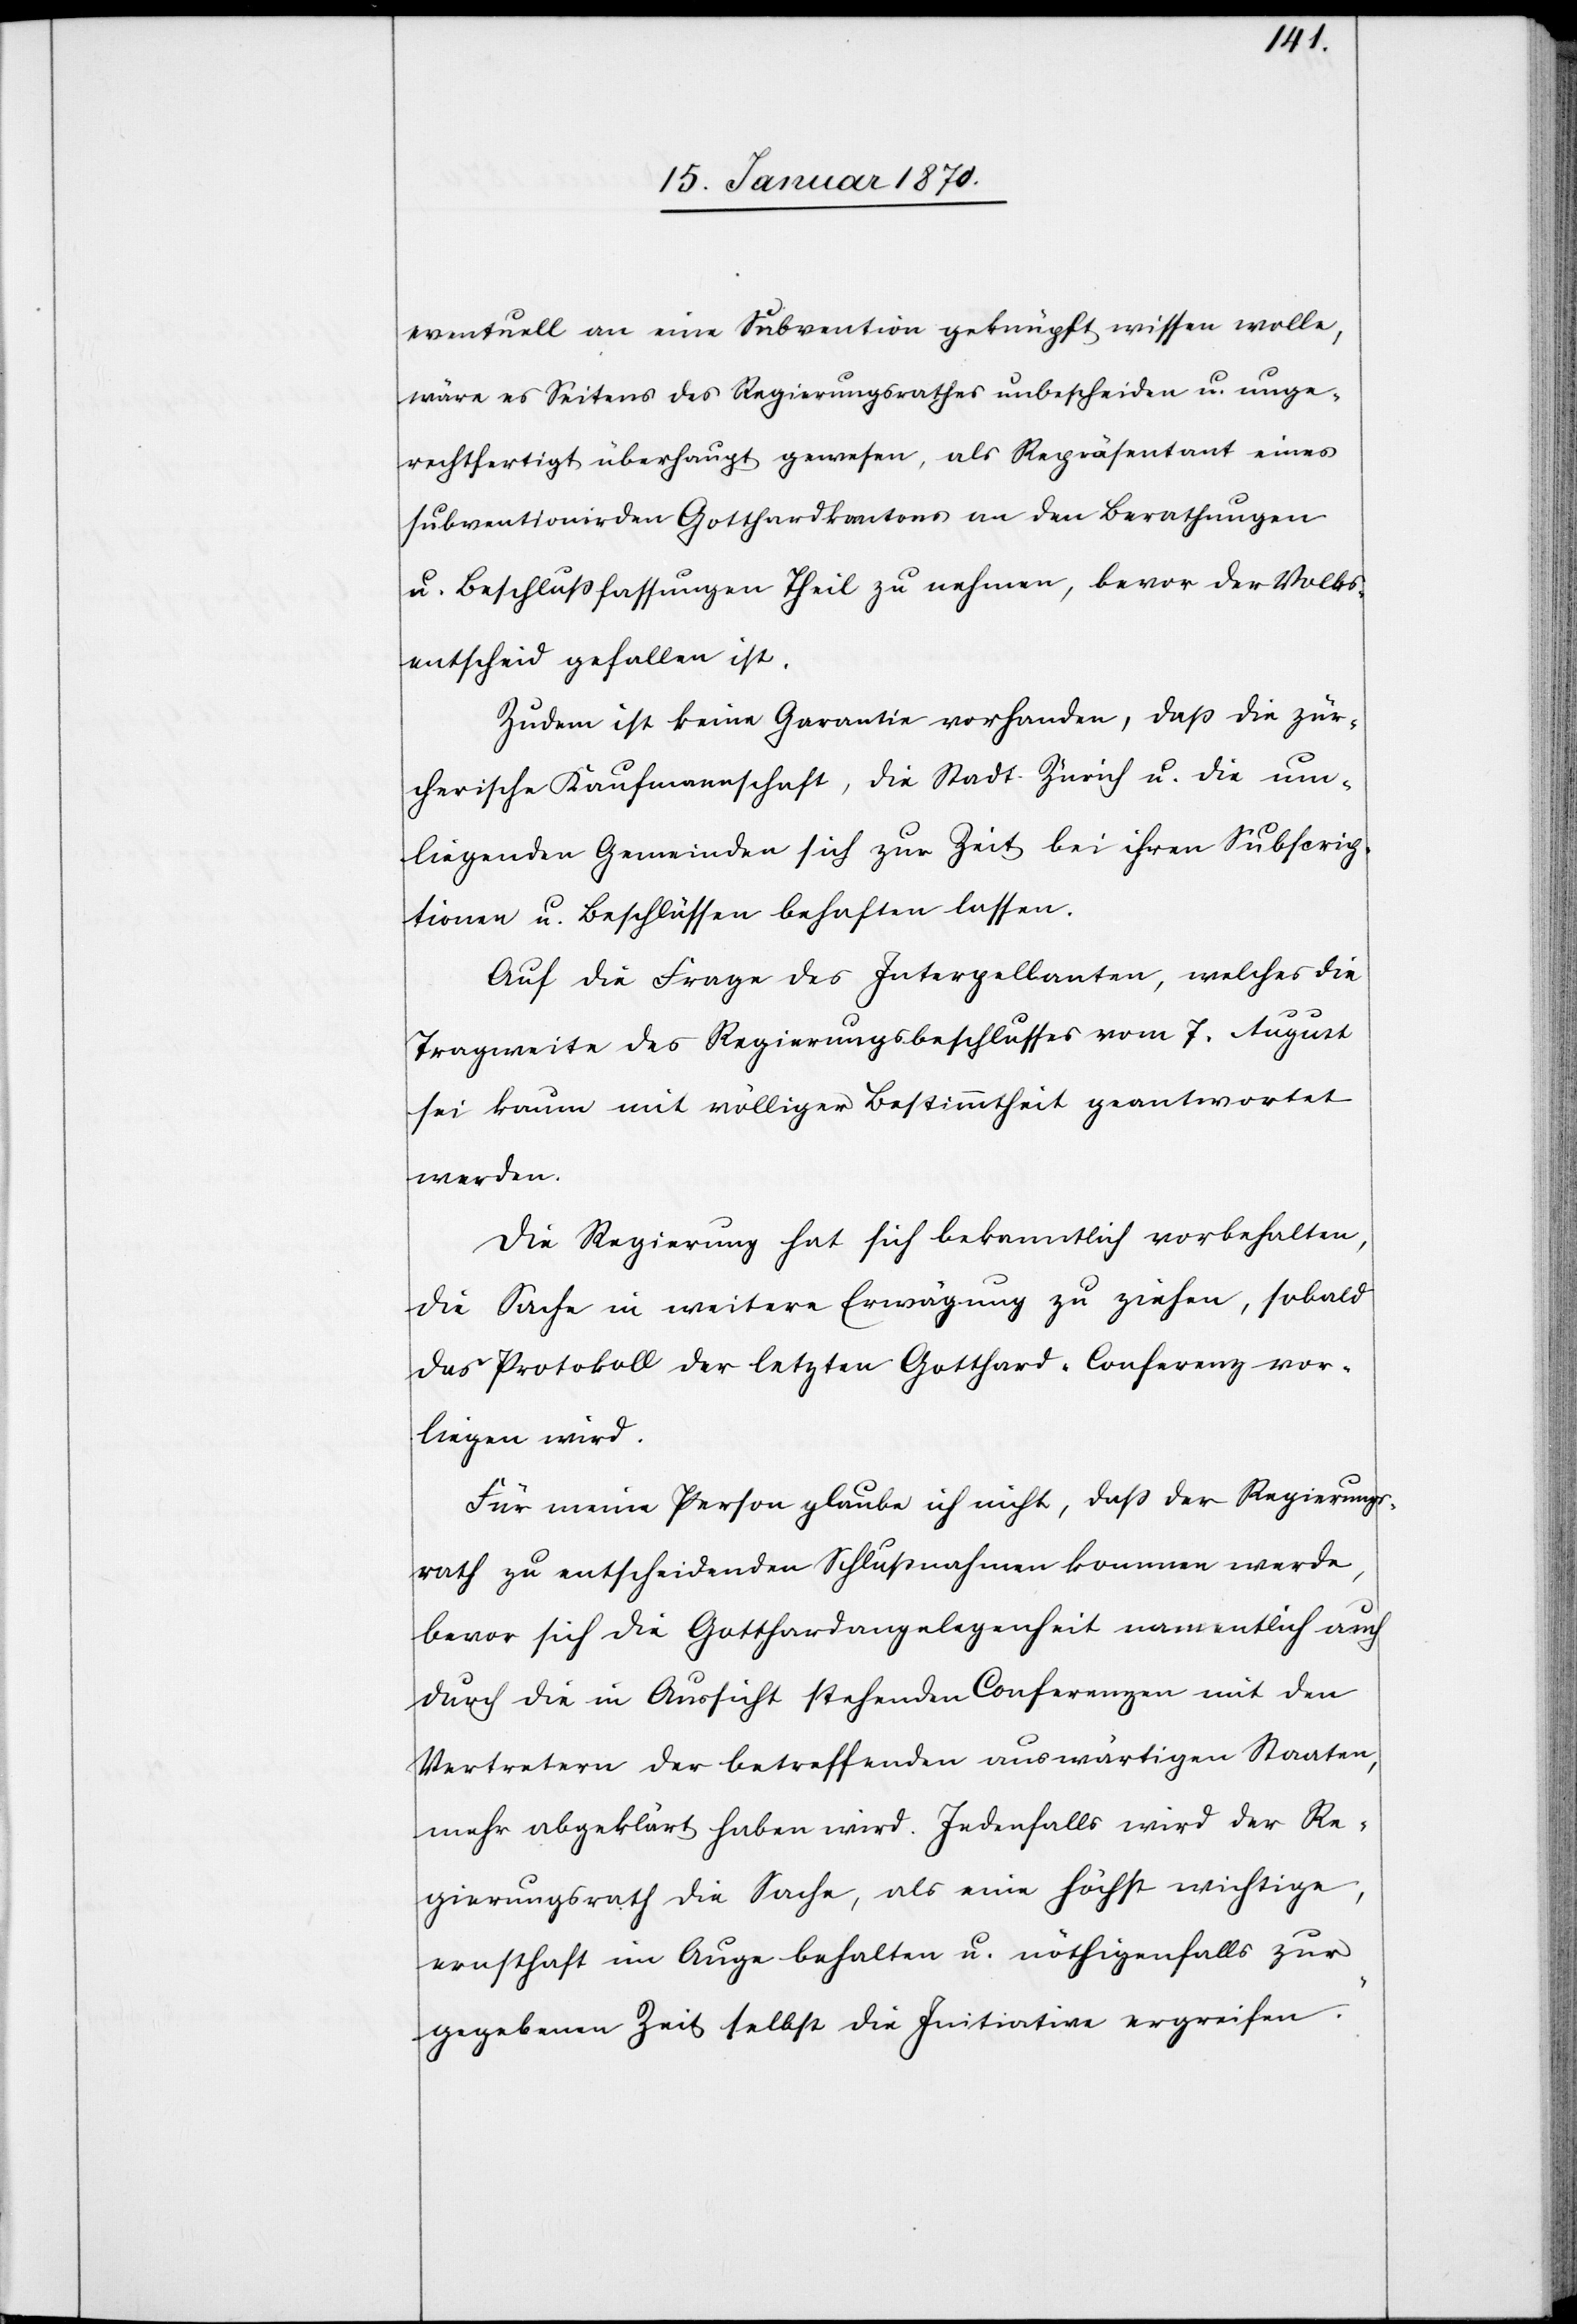
eventuell an eine Subvention geknüpft wissen wolle,
wäre es Seitens des Regierungsrathes unbescheiden u. unge¬
rechtfertigt überhaupt gewesen, als Repräsentant eines
subventionirden [sic!] Gotthardkantons an den Beratungen
u. Beschlußfassungen Theil zu nehmen, bevor der Volks¬
entscheid gefallen ist.
Zudem ist keine Garantie vorhanden, daß die zür¬
cherische Kaufmannschaft, die Stadt Zürich u. die um¬
liegenden Gemeinden sich zur Zeit bei ihren Subscrip¬
tionen u. Beschlüssen behaften lassen.
Auf die Frage des Interpellanten, welches die
Tragweite des Regierungsbeschlusses vom 7. August
sei kaum mit völliger Bestimmtheit geantwortet
werden
Die Regierung hat sich bekanntlich vorbehalten,
die Sache in weitere Erwägung zu ziehen, sobald
das Protokoll der letzten Gotthard-Conferenz vor¬
liegen wird.
Für meine Person glaube ich nicht, daß der Regierungs¬
rath zu entscheidenden Schlußnahmen kommen werde,
bevor sich die Gotthardangelegenheit namentlich auch
durch die in Aussicht stehenden Conferenzen mit den
Vertretern der betreffenden auswärtigen Staaten,
mehr abgeklärt haben wird. Jedenfalls wird der Re¬
gierungsrath die Sache, als eine höchst wichtige,
ernsthaft im Auge behalten u. nöthigenfalls zur
gegebenen Zeit selbst die Initiative ergreifen.“